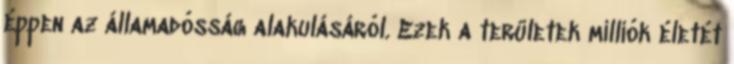
éppen az államadósság alakulásáról. Ezek a területek milliók életét